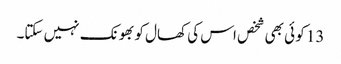
13 کو ئی بھی شخص اس کی کھال کو بھونک نہیں سکتا۔